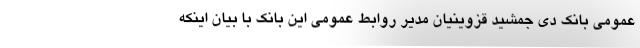
عمومی بانک دی جمشید قزوینیان مدیر روابط عمومی این بانک با بیان اینکه